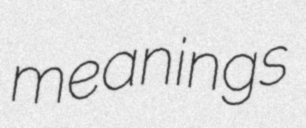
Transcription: meanings